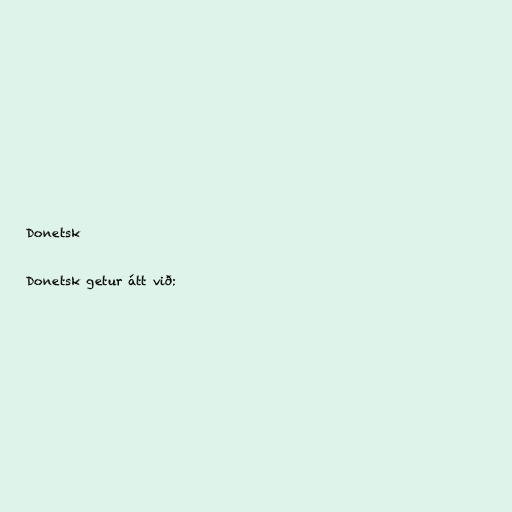
Donetsk

Donetsk getur átt við: